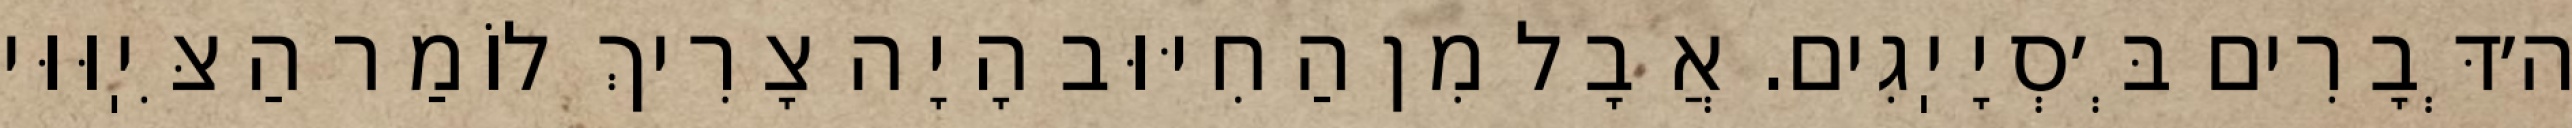
ה׳דְּבָרִים בְּ׳סְיָיֽגִים. אֲבָל מִן הַחִיּוּב הָיָה צָרִיךְ לוֹמַר הַצִּיֽוּוּי